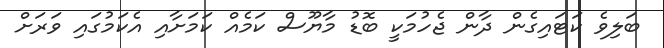
ބަލިވެ ކަޓައިގެން ދާން ޖެހުމަކީ ބޮޑު މާޔޫސް ކަމެއް ކަމަށާއި އެކަމުގައި ވަރަށް